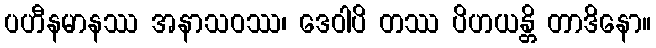
ပဟီနမာနဿ အနာသဝဿ၊ ဒေဝါပိ တဿ ပိဟယန္တိ တာဒိနော။